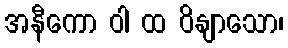
အနီကော ဝါ ထ ဝိနျာသော၊